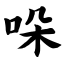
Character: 哚